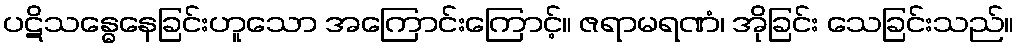
ပဋိသန္ဓေနေခြင်းဟူသော အကြောင်းကြောင့်။ ဇရာမရဏံ၊ အိုခြင်း သေခြင်းသည်။